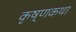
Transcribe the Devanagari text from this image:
कृष्णकथा